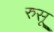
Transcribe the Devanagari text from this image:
रुसू